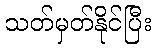
သတ်မှတ်နိုင်ပြီး